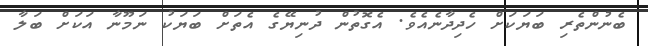
ބެނުންތެރި ބަޔަކަށް ހެދިދާނެއެވެ. އެގޮތުން ދުނިޔޭގެ އެތަށް ބަޔަކު ނަމޫނާ އަކަށް ބަލާ